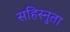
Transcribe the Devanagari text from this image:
सहिस्नुता